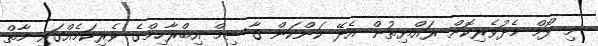
މި ފޯމް މެދުވެރިކޮށް ރައްޔިތުން އެދޭ ކަންކަން ގާސިމް އިބްރާހިމްގެ ވެރިކަމެއްގައި މާތް